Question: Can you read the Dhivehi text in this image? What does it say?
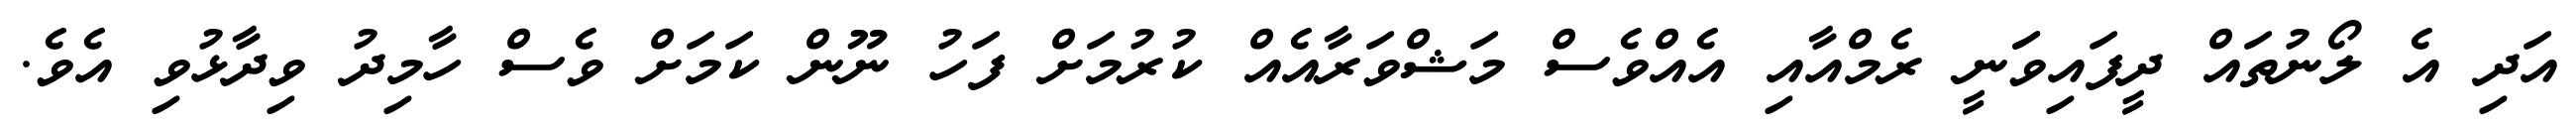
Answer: އަދި އެ ލޯނުތައް ދީފައިވަަނީ ރެމްއާއި އެއްވެސް މަޝްވަރާއެއް ކުރުމަށް ފަހު ނޫން ކަމަށް ވެސް ހާމިދު ވިދާޅުވި އެވެ.